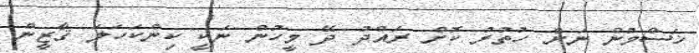
ޚަސްމުން ނަށް ހުތުރު ކޮށް ރައްދު ދޭ މީހުން ނަކީ ކިންކަހަލަ ޤާޒީން